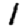
Digit: 1